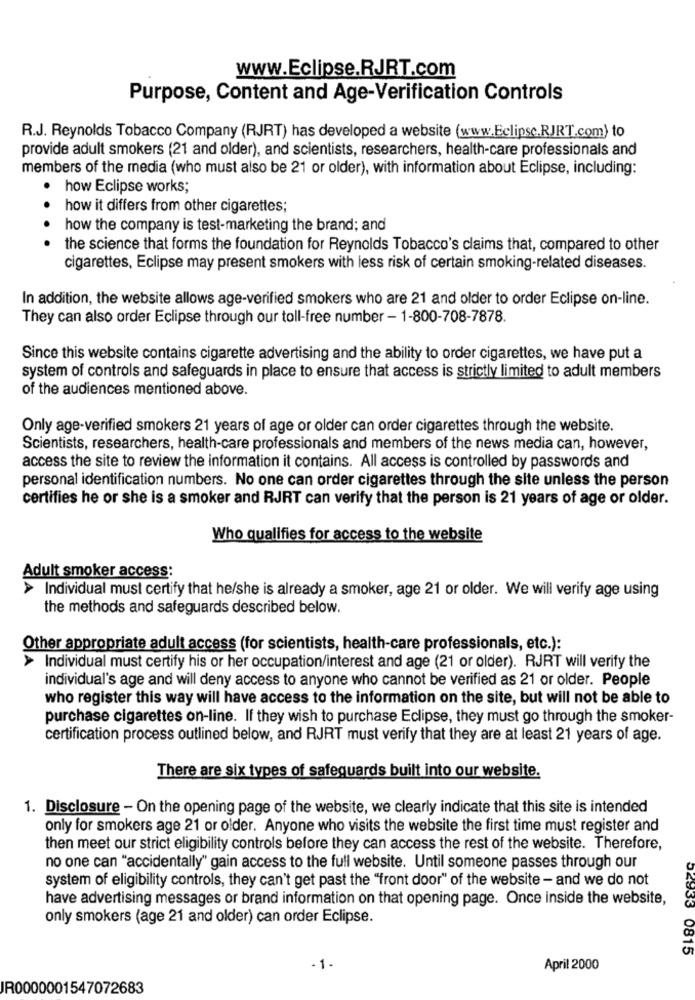
www.Eclipse.RJRT.com
Purpose, Content and Age-Verification Controls
R.J. Reynolds Tobacco Company (RJRT) has developed a website (www.Eclipsc.RJRT.com) to
provide adult smokers (21 and older), and scientists, researchers, health-care professionals and
members of the media (who must also be 21 or older), with information about Eclipse, including:
how Eclipse works;
how it differs from other cigarettes;
how the company is test-marketing the brand; and
the science that forms the foundation for Reynolds Tobacco's claims that, compared to other
cigarettes, Eclipse may present smokers with less risk of certain smoking-related diseases.
In addition, the website allows age-verified smokers who are 21 and older to order Eclipse on-line.
They can also order Eclipse through our toll-free number - 1-800-708-7878.
Since this website contains cigarette advertising and the ability to order cigarettes, we have put a
system of controls and safeguards in place to ensure that access is strictly limited to adult members
of the audiences mentioned above.
Only age-verified smokers 21 years of age or older can order cigarettes through the website.
Scientists, researchers, health-care professionals and members of the news media can, however,
access the site to review the information it contains. All access is controlled by passwords and
personal identification numbers. No one can order cigarettes through the site unless the person
certifies he or she is a smoker and RJRT can verify that the person is 21 years of age or older.
Who qualifies for access to the website
Adult smoker access:
> Individual must certify that he/she is already a smoker, age 21 or older. We will verify age using
the methods and safeguards described below.
Other appropriate adult access (for scientists, health-care professionals, etc.):
> Individual must certify his or her occupation/interest and age (21 or older). RJRT will verify the
individual's age and will deny access to anyone who cannot be verified as 21 or older. People
who register this way will have access to the information on the site, but will not be able to
purchase cigarettes on-line. If they wish to purchase Eclipse, they must go through the smoker-
certification process outlined below, and RJRT must verify that they are at least 21 years of age.
There are six types of safeguards built into our website.
1. Disclosure - On the opening page of the website, we clearly indicate that this site is intended
only for smokers age 21 or older. Anyone who visits the website the first time must register and
then meet our strict eligibility controls before they can access the rest of the website. Therefore,
no one can "accidentally" gain access to the full website. Until someone passes through our
system of eligibility controls, they can't get past the "front door" of the website - and we do not
have advertising messages or brand information on that opening page. Once inside the website,
only smokers (age 21 and older) can order Eclipse.
02833 0815
April 2000
JR0000001547072683